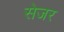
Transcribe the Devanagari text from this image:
सेजर